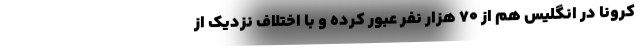
کرونا در انگلیس هم از ۷۰ هزار نفر عبور کرده و با اختلاف نزدیک از